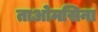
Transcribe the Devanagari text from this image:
ताओमसिना